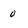
Character: 0